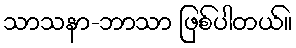
သာသနာ-ဘာသာ ဖြစ်ပါတယ်။